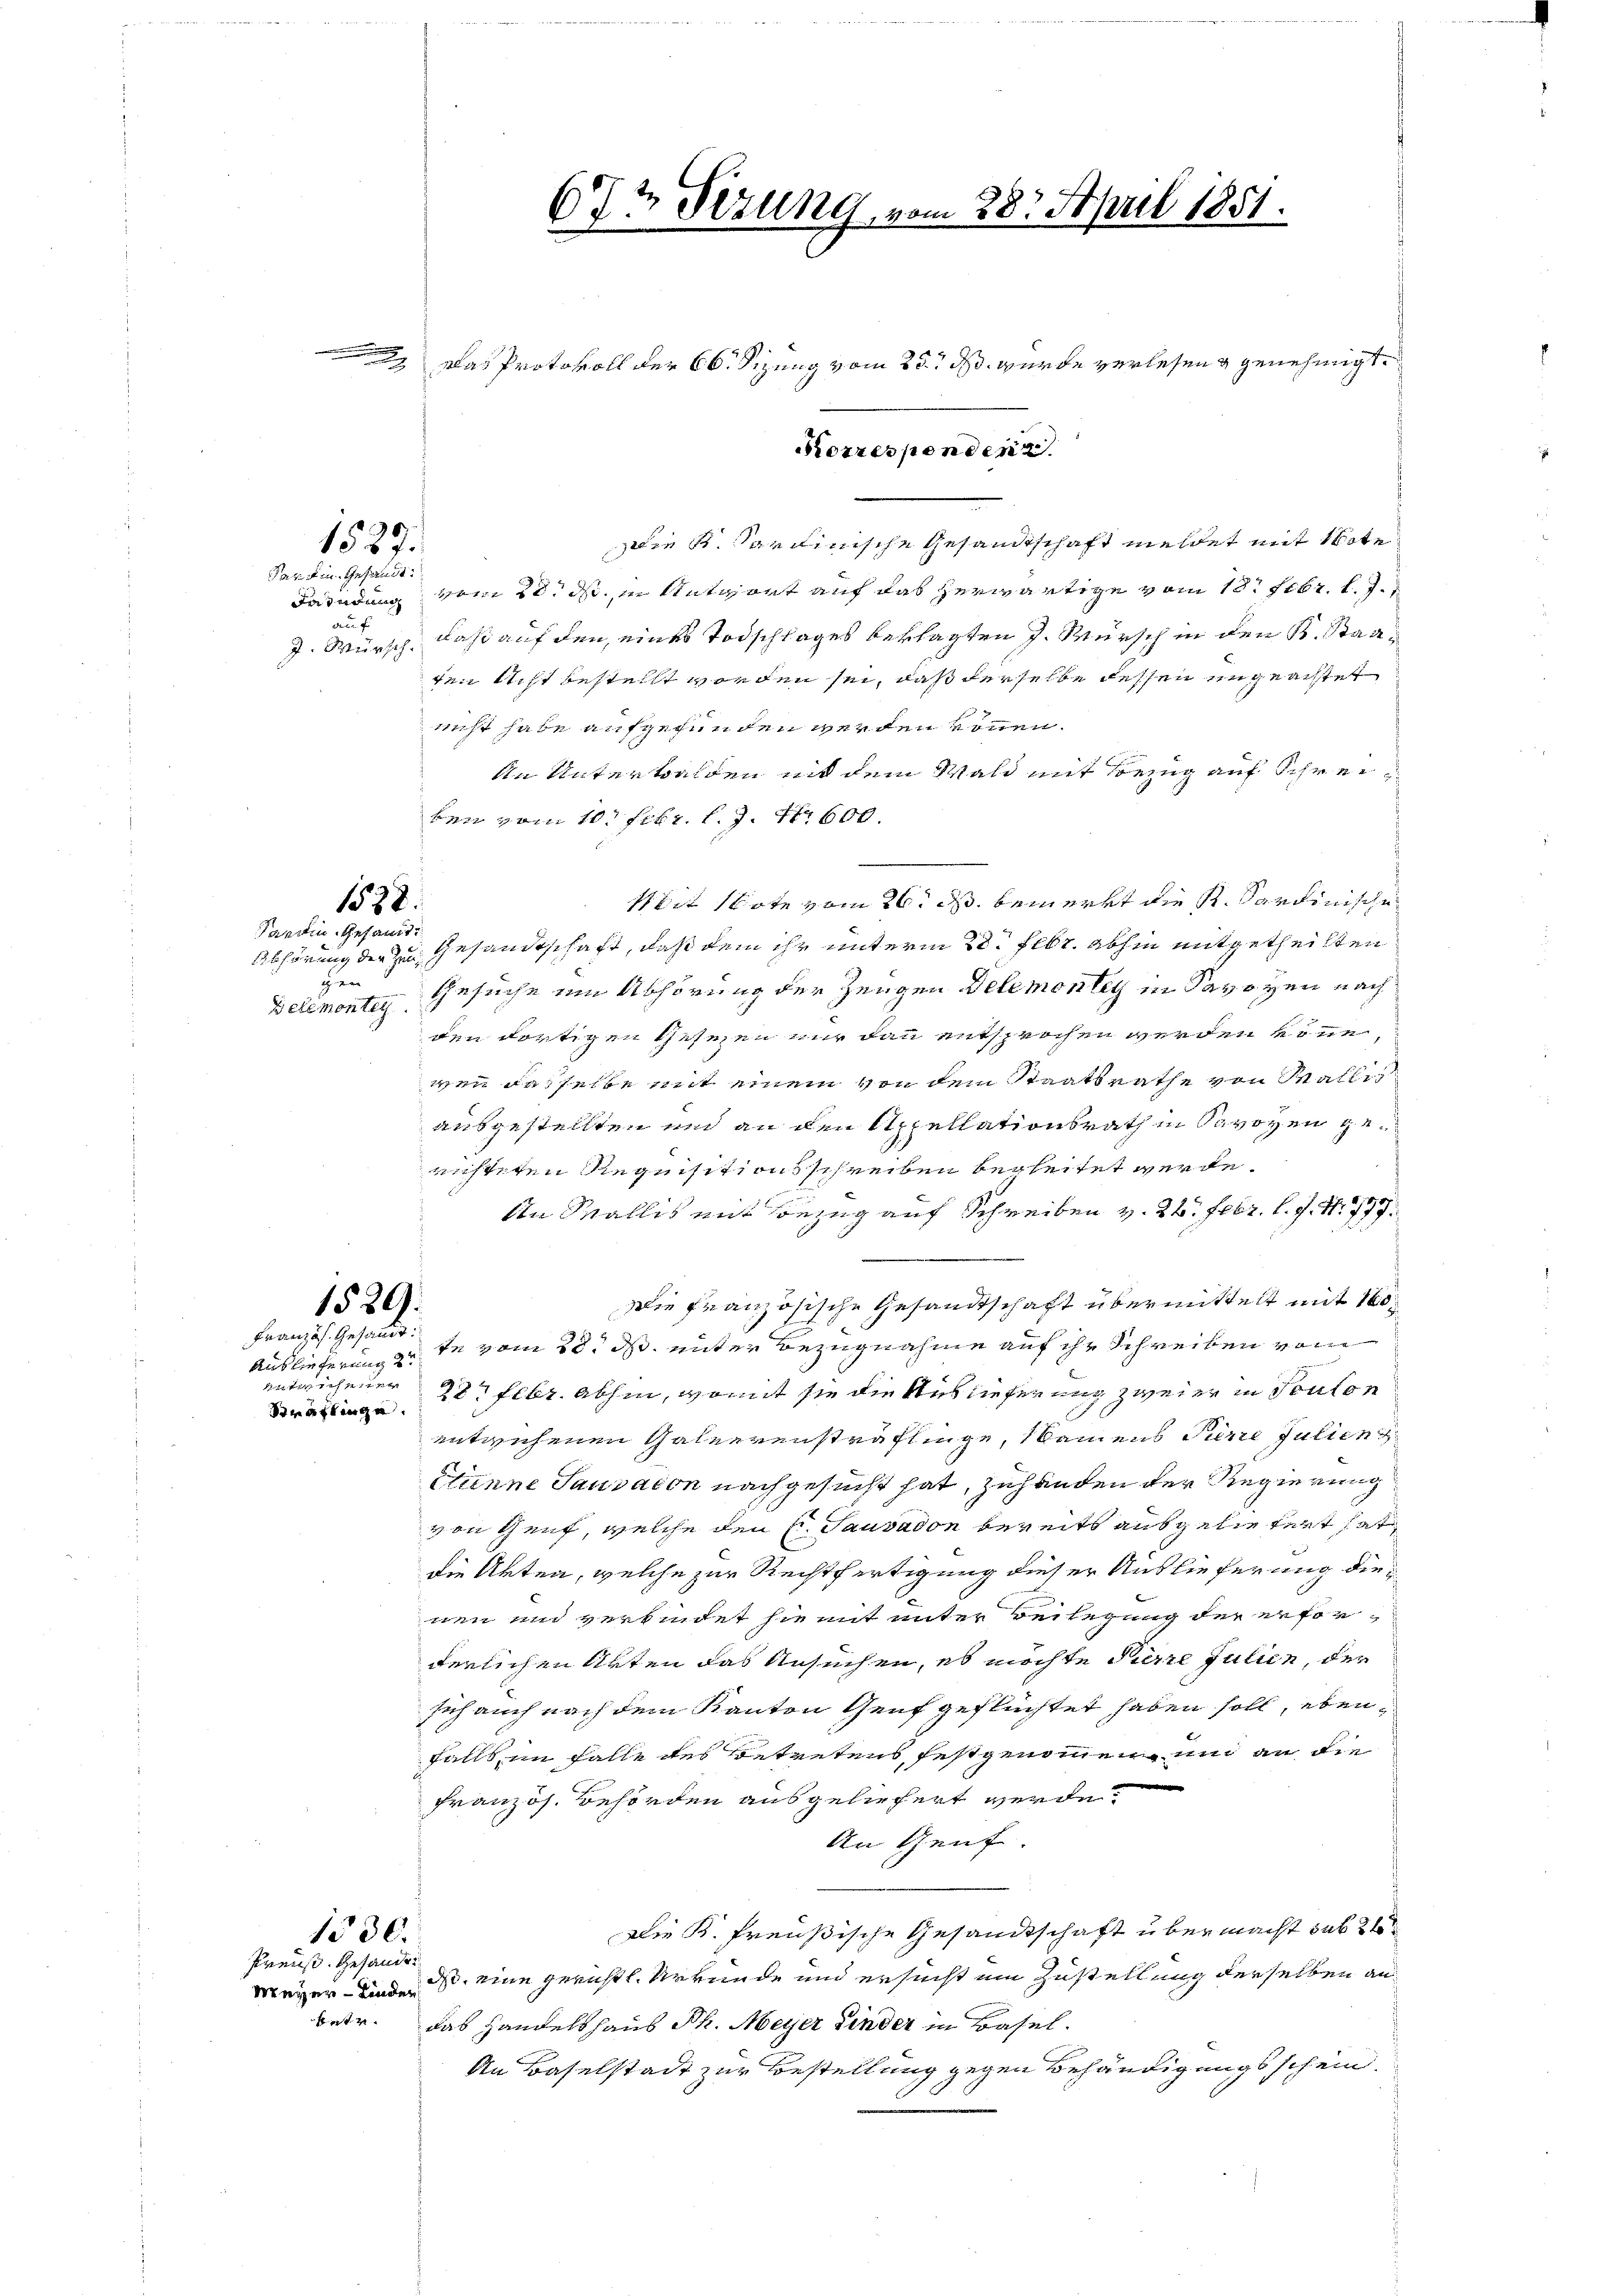
Abhörung der Zeug¬
Belemonteg

Das Protokoll der 66. Sizung vom 25. ds. wurde verlesen & genehmigt.
Die K. Sardinische Gesandtschaft meldet mit Note
Fahndung vom 20. ds. in Antwort auf das herwärtige vom 18. Febr. l. J.

daß auf den, eines Todschlages beklagten J. Wursch in den K. Staa¬
J. Würsch
ten Acht bestellt worden sei, daß derselbe dessen ungeachtet
nicht habe aufgefunden werden können.
An Unterwalden mit dem Wald mit Bezug auf Schreiben vom 10. Febr. l. J. Nr. 600.
Mit Note vom 26. ds. bemerkt die K. Sardinische
Gesandtschaft, daß dem ihr unterm 28. Febr. abhin mitgetheilten
Gesuche um Abhörung der Zeugen Delemontey in Savoyen nach
den dortigen Gesezen nur dann entsprochen werden könne.
wen dasselbe mit einem von dem Staatsrathe von Wallis
ausgestellten und an den Appellationsrath in Savoyen gerichteten Requisitionsschreiben begleitet werde.
An Wallis mit Bezug auf Schreiben v. 22. Febr. l. J. N. 777.
.
Die französische Gesandtschaft übermittelt mit 160
1529.
Französ. Gesandt.
Auslieferung zu de vom 28. ds. unter Bezugnahme auf ihr Schreiben vom
autscheine
28. Febr. abhin, womit sie die Auslieferung zweier in Teuton
Bräflinge
entwichenen Galeerensträflinge, Namens Jurie Julien
Etienne Sausacon nachgesucht hat, zuhanden der Regierung
von Genf, welche den C. Sausadon bereits ausgeliefert hat
die Akten, welche zur Rechtfertigung dieser Auslieferung dienen und verbindet hiemit unter Beilegung der erforderlichen Arten das Ansuchen, es möchte Pierre Julien, der
sich auch nach dem Kanton Genf geflüchtet haben soll, ebenfalls im Falle des Betretens festgenommen und an die
Französ. Behörden ausgeliefert werde.
An Genf.
Die K. Freußische Gesandtschaft übermacht sub 2
1530.
Preuß. Gesandts
Meyer- und eine gerichtl. Urkunde und ersucht ein Zustellung derselben an
betr. das Handelshaus Ph. Meyer Kinder in Basel.
An Baselstadt zur Bestellung gegen Behändigungsschein

1527.

1532.
Partin Gesamt

ver

ar in Gesandt.

67t Sizung, vom 28. April 1851.

Korrespondenz